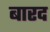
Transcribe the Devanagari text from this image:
बारद